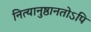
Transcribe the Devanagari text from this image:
नित्यानुष्ठानतोऽपि